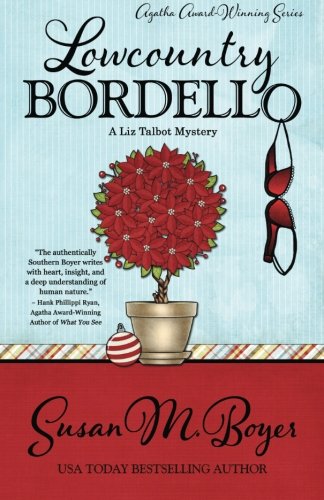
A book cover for Lowcountry Bordello (A Liz Talbot Mystery) (Volume 4); Susan M. Boyer; Mystery, Thriller & Suspense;